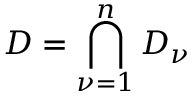
D = \bigcap _ { \nu = 1 } ^ { n } D _ { \nu }